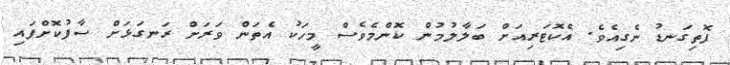
ފޮތިގަނޑު ނެގިއެވެ. އެކޮޓަރިއަށް ބަލާލުމުން ކޮންމެވެސް މީހަކު އެތަން ވަރަށް ރަނގަޅަށް ސާފުކޮށްފައި